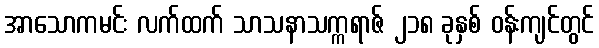
အာသောကမင်း လက်ထက် သာသနာသက္ကရာဇ် ၂၁၈ ခုနှစ် ဝန်းကျင်တွင်